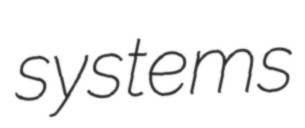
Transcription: systems